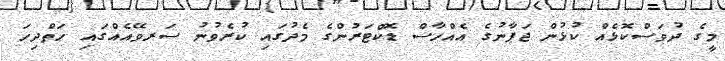
މީގެ ދުވަސްކޮޅެއް ކުޅުން ޖަޕާނުގެ އެއްހާސް ޑޮކްޓަރުންގެ މެދުގައި ކުރެވުނު ސަރވޭއެއްގައި ހަތްދިހަ